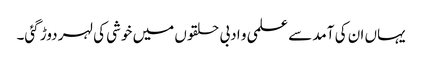
یہاں ان کی آمد سے علمی و ادبی حلقوں میں خوشی کی لہر دوڑ گئی۔